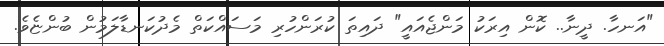
"އަނހާ. ދީނާ.. ކޮން އިރަކު މަންޖެއައީ" ދައިތަ ކުރަންހުރި މަސައްކަތް މެދުކަނޑާލަމުން ބުންޏެވެ.